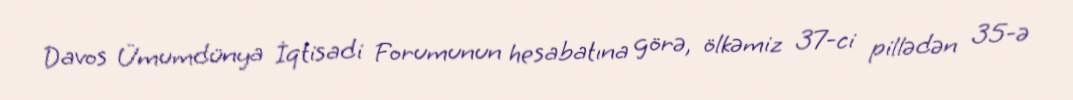
Davos Ümumdünya İqtisadi Forumunun hesabatına görə, ölkəmiz 37-ci pillədən 35-ə